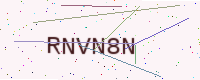
Text: RNVN8N